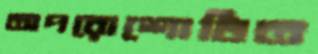
অপরোশোধিত